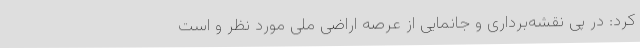
کرد: در پی نقشه‌برداری و جانمایی از عرصه اراضی ملی مورد نظر و است